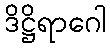
ဒိဋ္ဌိရာဂေါ